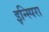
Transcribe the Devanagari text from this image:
इन्स्पिरा